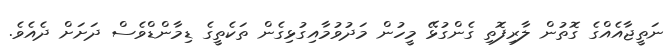
ނަތީޖާއެއްގެ ގޮތުން ލާރިފޮތި ގެންގުޅޭ މީހުން މަދުވުމާއިގުޅިގެން ތަކެތީގެ ޑިމާންޑްވެސް ދަށަށް ދެއެވެ.